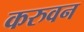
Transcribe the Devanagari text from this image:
करुवन